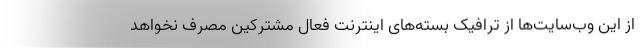
از این وب‌سایت‌ها از ترافیک بسته‌های اینترنت فعال مشترکین مصرف نخواهد